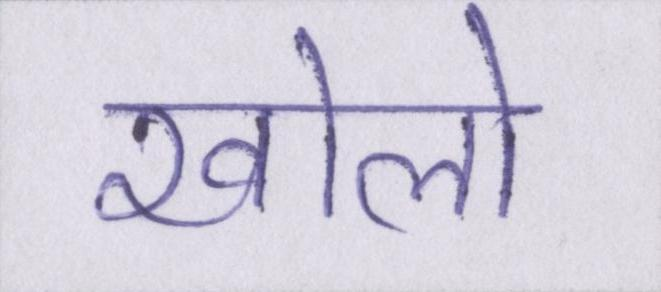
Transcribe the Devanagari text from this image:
खोलो